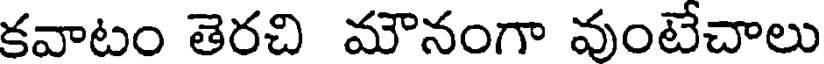
కవాటం తెరచి మౌనంగా వుంటేచాలు